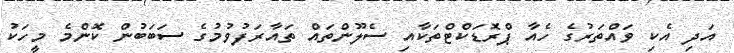
އަދި އެކި ވައްތަރުގެ ހެއާ ޕްރޮޑަކްޓްތަކާއި ސެލޫންތައް ތައާރަފުވުމުގެ ސަބަބުން ކޮންމެ މީހަކު